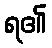
ရ၏